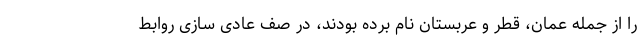
را از جمله عمان، قطر و عربستان نام برده بودند، در صف عادی سازی روابط